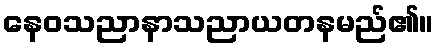
နေဝသညာနာသညာယတနမည်၏။